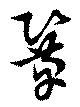
鞏